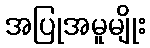
အပြုအမူမျိုး